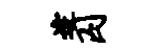
逄囚